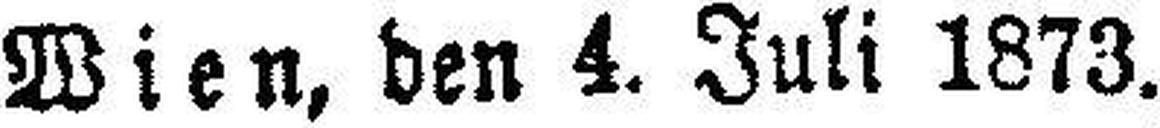
Wien, den 4. Juli 1873.